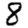
Digit: 8